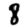
Digit: 8